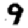
Digit: 9